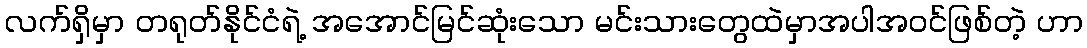
လက်ရှိမှာ တရုတ်နိုင်ငံရဲ့ အအောင်မြင်ဆုံးသော မင်းသားတွေထဲမှာအပါအဝင်ဖြစ်တဲ့ ဟာ